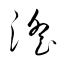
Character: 淫